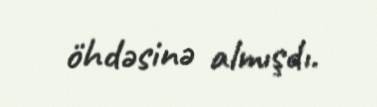
öhdəsinə almışdı.